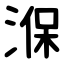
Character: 湺